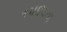
૧૫૪૬ના